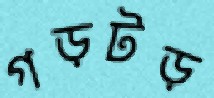
গড়টড়